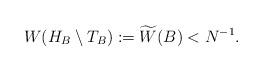
LaTeX: \begin{align*} W(H_B\setminus T_B):=\widetilde W(B)<N^{-1}.\end{align*}